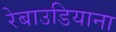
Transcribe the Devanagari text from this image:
रेबाउडियाना